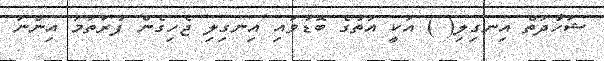
ޝަހާދަތް އިނގިލި( ) އަކީ އަތުގެ ބޮޑުވައި އިނގިލި ޖެހިގެން ފުރަތަމަ އިންނަ